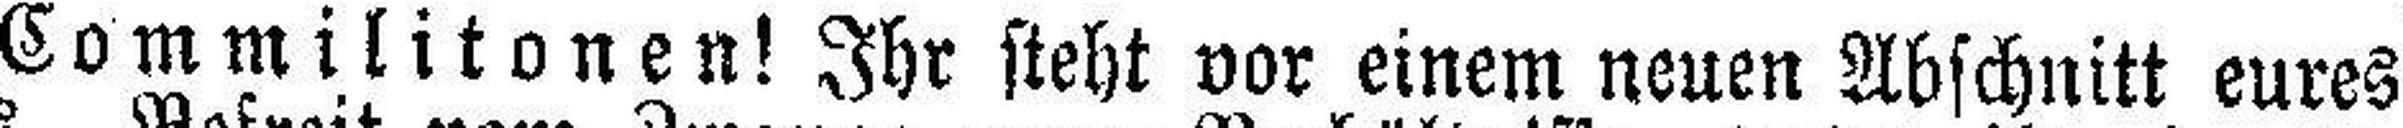
Commilitonen! Ihr steht vor einem neuen Abschnitt eures